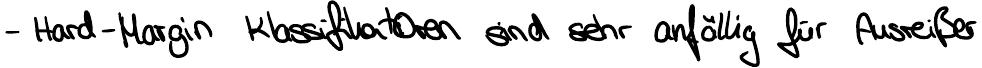
- Hard-Margin Klassifikationen sind sehr anfällig für Ausreißer